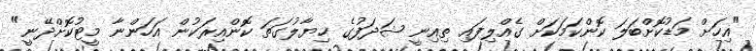
"އިހަށް މަޑުކޮށްބަލަ ކޮންކަމަކަށް ގެއްލިފައި ތިއިނީ ޝަދަފުގެ ޚިޔާލުގަތަ ކޮންއިރަކުން އަހަންނާ މީޓުކޮށްދޭނީ"